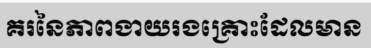
គរនៃភាពងាយរងគ្រោះដែលមាន